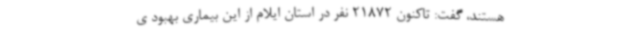
هستند، گفت: تاکنون 21872 نفر در استان ایلام از این بیماری بهبود ی